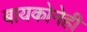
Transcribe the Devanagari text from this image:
बायकोनेही